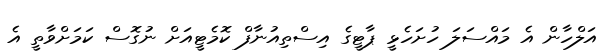
އަލްހާން އެ މައްސަލަ ހުށަހެޅީ ޕާޓީގެ އިސްތިއުނާފް ކޮމެޓީއަށް ނުގޮސް ކަމަށްވާތީ އެ